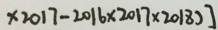
\times 2 0 1 7 - 2 0 1 6 \times 2 0 1 7 \times 2 0 1 8 ) ]